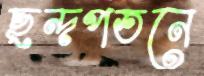
ছন্দপতনে